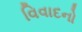
વિવાદનો